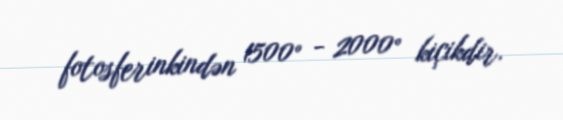
fotosferinkindən 1500° - 2000° kiçikdir.